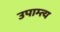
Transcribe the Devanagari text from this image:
उपाम्त्य